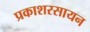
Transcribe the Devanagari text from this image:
प्रकाशरसायन